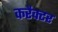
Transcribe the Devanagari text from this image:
करैक्टर